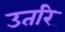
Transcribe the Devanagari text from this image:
उतरि